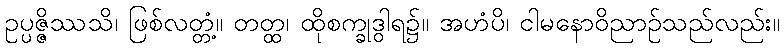
ဥပ္ပဇ္ဇိဿသိ၊ ဖြစ်လတ္တံ့။ တတ္ထ၊ ထိုစက္ခုဒွါရ၌။ အဟံပိ၊ ငါမနောဝိညာဉ်သည်လည်း။